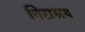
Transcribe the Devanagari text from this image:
निराश्रय